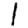
Digit: 1